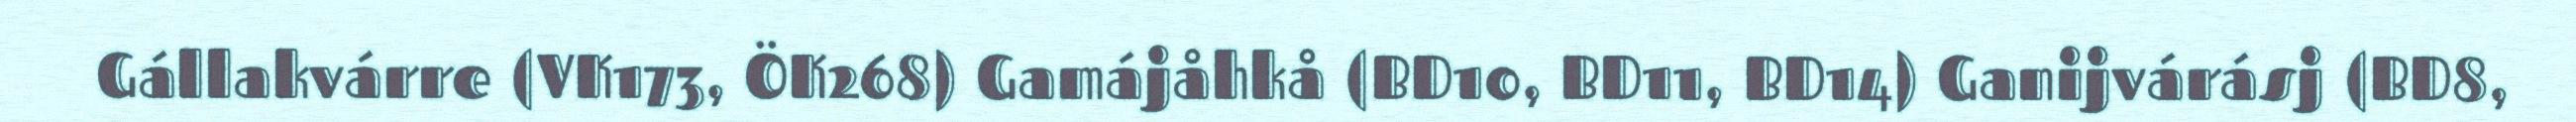
Gállakvárre (VK173, ÖK268) Gamájåhkå (BD10, BD11, BD14) Ganijvárásj (BD8,